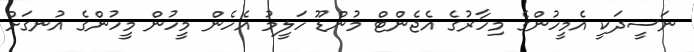
ނަސީދަކީ އެމީހުންގެ މިހާރުގެ އެޖެންޓް މުންޑޫ ހަލީމު އެހެން މީހުން މީހުންގެ އުނގަށް